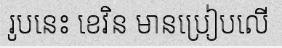
រូបនេះ ខេវិន មានប្រៀបលើ